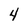
Character: 4